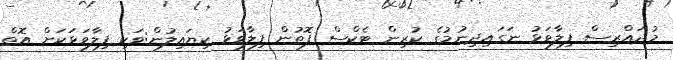
މުދައްރިސް ފިލާވަޅު ނަގައިދިނުމުގެ ކުރިން ޓެކްސް ފޮތުން ފިލާވަޅު ކިޔައިލުން:ވަކި ފިލާވަޅަކަށް އޮތް